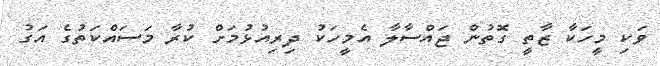
ވަކި މީހަކާ ޒާތީ ގޮތުން ޖައްސާލާ އެމީހަކު ދިރިއުޅުމަށް ކުރާ މަސައްކަތުގެ އަގު